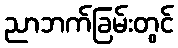
ညာဘက်ခြမ်းတွင်